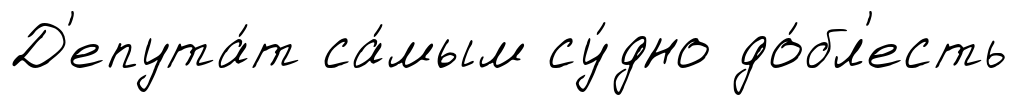
Д'епута́т са́мым су́дно до́бл'есть